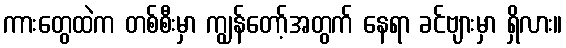
ကားတွေထဲက တစ်စီးမှာ ကျွန်တော့်အတွက် နေရာ ခင်ဗျားမှာ ရှိလား။